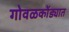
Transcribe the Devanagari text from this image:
गोवळकोंड्यात